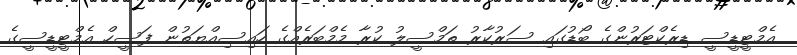
އެމްޓީޑީސީ ޑިރެކްޓަރުންގެ ބޯޑުގައި ސަރުކާރު ތަމްސީލު ކުރާ މެމްބަރެއްގެ ހައިސިއްޔަތުން ފަސީހް އެމްޓީޑީސީގެ